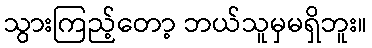
သွားကြည့်တော့ ဘယ်သူမှမရှိဘူး။